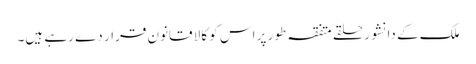
ملک کے دانشور حلقے متفقہ طور پر اس کو کالا قانون قرار دے رہے ہیں۔